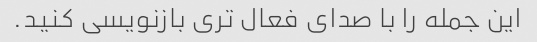
این جمله را با صدای فعال تری بازنویسی کنید.